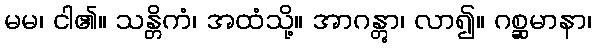
မမ၊ ငါ၏။ သန္တိကံ၊ အထံသို့။ အာဂန္တွာ၊ လာ၍။ ဂစ္ဆမာနာ၊